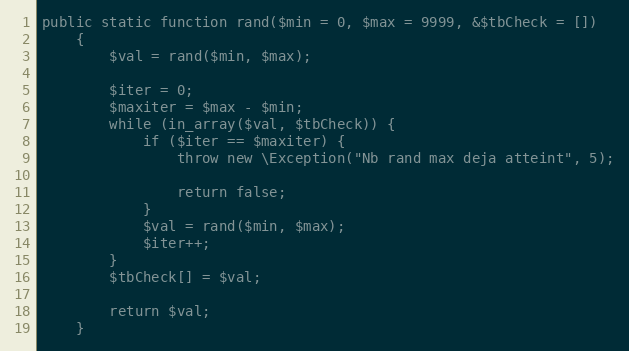
Language: PHP
public static function rand($min = 0, $max = 9999, &$tbCheck = [])
    {
        $val = rand($min, $max);

        $iter = 0;
        $maxiter = $max - $min;
        while (in_array($val, $tbCheck)) {
            if ($iter == $maxiter) {
                throw new \Exception("Nb rand max deja atteint", 5);

                return false;
            }
            $val = rand($min, $max);
            $iter++;
        }
        $tbCheck[] = $val;

        return $val;
    }